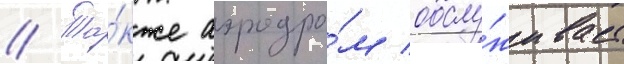
// Та́кже аэродро́м обслу́живает